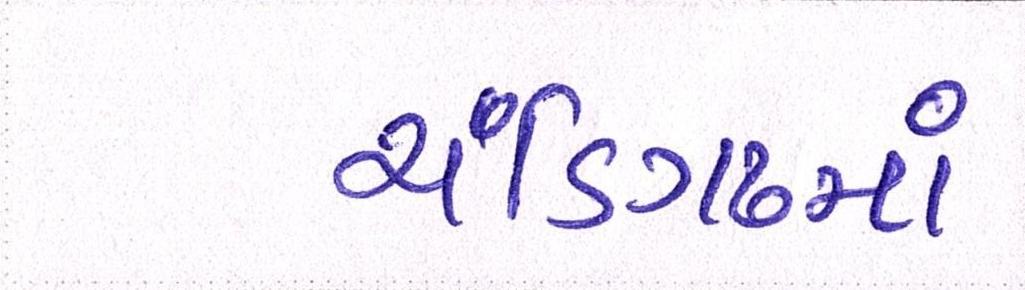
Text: ચંડિગઢમાં